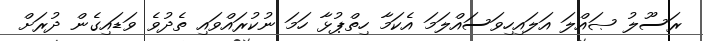
ރަސޫލު ޞައްލަ އަލައިހިވަސައްލަމަ އެކަމާ ހިތްޕުޅާ ހަމަ ނުކުރައްވައި ތެދުވެ ވަޑައިގެން ދުރަށް